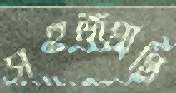
সহজপ্রাপ্তি